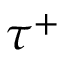
\tau ^ { + }